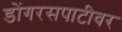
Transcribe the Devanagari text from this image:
डोंगरसपाटीवर